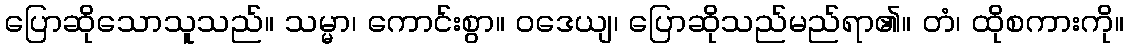
ပြောဆိုသောသူသည်။ သမ္မာ၊ ကောင်းစွာ။ ဝဒေယျ၊ ပြောဆိုသည်မည်ရာ၏။ တံ၊ ထိုစကားကို။